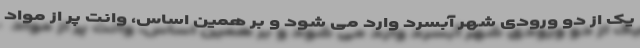
یک از دو ورودی شهر آبسرد وارد می شود و بر همین اساس، وانت پر از مواد